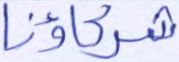
شركاؤنا